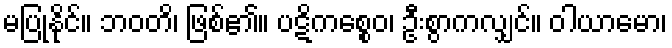
မပြုနိုင်။ ဘဝတိ၊ ဖြစ်၏။ ပဋိကစ္စေဝ၊ ဦးစွာကလျှင်။ ဝါယာမော၊